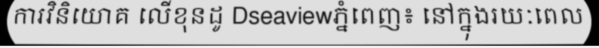
ការវិនិយោគ លើខុនដូ Dseaviewភ្នំពេញ៖ នៅក្នុងរយៈពេល